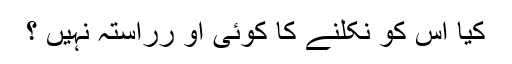
کیا اس کو نکلنے کا کوئی او رراستہ نہیں ؟